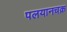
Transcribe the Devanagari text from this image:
पलयानचक्र